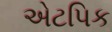
એટપિક